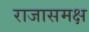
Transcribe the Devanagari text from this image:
राजासमक्ष